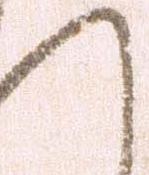
へ